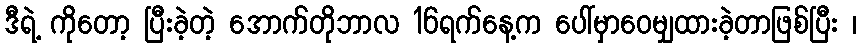
ဒီရဲ့ ကိုတော့ ပြီးခဲ့တဲ့ အောက်တိုဘာလ 16ရက်နေ့က ပေါ်မှာဝေမျှထားခဲ့တာဖြစ်ပြီး ၊